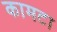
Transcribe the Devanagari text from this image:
कामटा